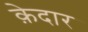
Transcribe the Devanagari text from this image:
क़ेदार